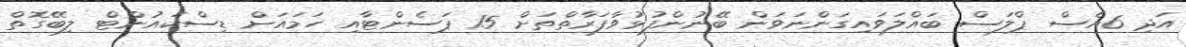
އަދި 6އެސް ޕްލަސް ބައްލަވައިގަންނަވަން ބޭނުންފުޅުވާފަރާތްތަށް 15 ޕަސެންޓާއި ހަމައަށް ޑިސްކައުންޓް ލިބޭގޮތް